Annual report of the Punjab Veterinary College and of the Civil Veterinary Department, Punjab - 1920-1925
Year: 1920
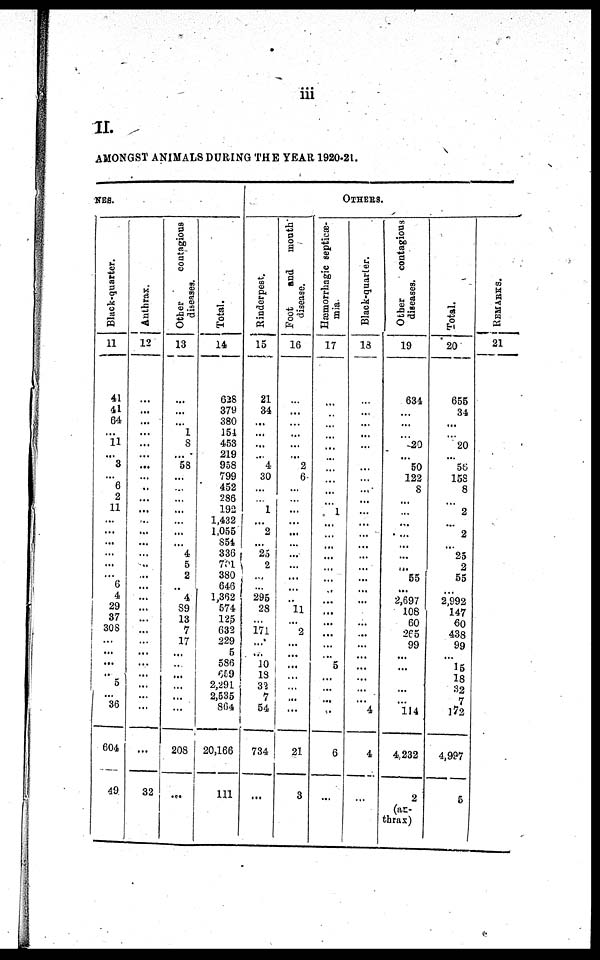
iii
II.
AMONGST ANI MALS DURI NG THE YEAR 1920-21.
NES.
Black-quarter.
11
41
41
64
...
11
...
3
...
6
2
11
...
...
...
...
...
...
6
4
29 37
308
...
... ...
5
...
...
36
604
49
Anthrax.
12
...
...
...
...
...
...
...
...
...
...
...
...
...
...
...
...
...
...
...
...
...
...
...
...
...
...
... ...
...
...
32
Other
contagious
diseases.
13
...
...
... 1
8
...
58
...
...
...
...
...
...
... 4
5
2
... 4
89
13
7
17
... ...
...
... ...
...
208
...
Total.
14
628
379
380
151
453
219
958
799
452
286
192
1,432
1,055
854
336
701
380
646
1,362
574
125
632
229
5
586
659
2,291 2,635 804
20,166
111
Rinderpest.
15
21
34
...
...
...
...
4
30
...
... 1
...
2
...
25
2
...
...
295
28
...
171
...
...
10 18
32 7
54
734
...
Foot and month
disease.
16
...
...
...
...
...
...
2
6
...
...
...
...
...
...
...
...
...
...
...
11 ...
2
...
...
... ...
...
21
3
OTHERS.
Hæmorrhagic septicæ-
mia
17
...
...
...
...
...
...
...
...
...
... 1
...
...
...
...
...
...
...
...
...
...
...
...
...
...
..`.
5
...
...
... ..
6
...
Black-quarter.
18
...
...
...
... ...
...
...
...
...
...
...
...
...
...
...
...
...
... ...
...
...
...
...
... ...
...
...
... 4
4
...
Other
contagious
diseases.
19
634
...
...
... 20
... 50
122
8
...
...
...
...
...
...
... 55
... 2,697
108
60
265
99
...
...
...
...
... 114
4,232
2
( a n -
thrax)
Total.
20
655
34
...
... 20
... 56
158
8
... 2
... 2
... 25
2
55
... 2,992
147
60
438
99
...
15
18
32
7
172
4,997
5
REMAKES.
21